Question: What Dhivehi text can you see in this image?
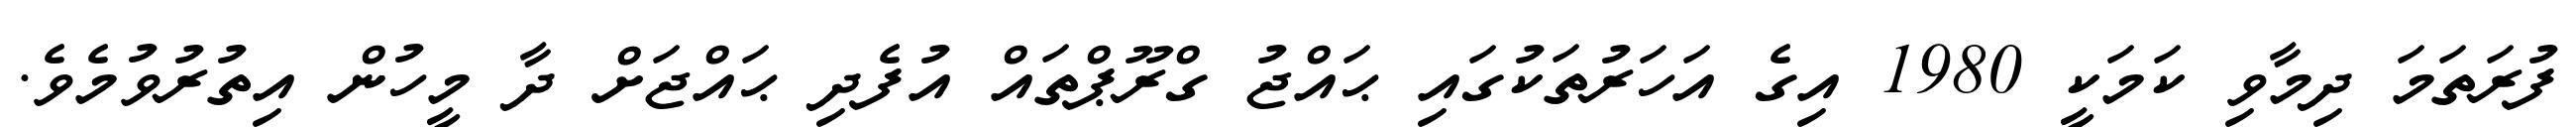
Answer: ފުރަތަމަ ދިމާވި ކަމަކީ 1980 އިގެ އަހަރުތަކުގައި ޙައްޖު ގްރޫޕްތައް އުފެދި ޙައްޖަށް ދާ މީހުން އިތުރުވުމެވެ.